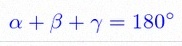
\alpha+\beta+\gamma=180^\circ